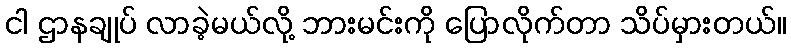
ငါ ဌာနချုပ် လာခဲ့မယ်လို့ ဘားမင်းကို ပြောလိုက်တာ သိပ်မှားတယ်။